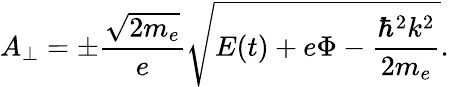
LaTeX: A_{\bot}=\pm\frac{\sqrt{2m_{e}}}{e}\sqrt{E(t)+e\Phi-\frac{\hbar^{2}k^{2}}{2m_{e}}}.